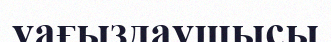
уағыздаушысы